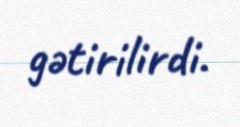
gətirilirdi.